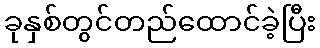
ခုနှစ်တွင်တည်ထောင်ခဲ့ပြီး